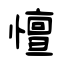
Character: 憻